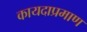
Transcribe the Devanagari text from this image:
कायदाप्रमाण